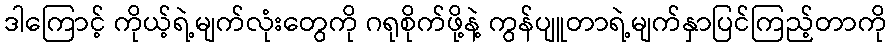
ဒါကြောင့် ကိုယ့်ရဲ့မျက်လုံးတွေကို ဂရုစိုက်ဖို့နဲ့ ကွန်ပျူတာရဲ့မျက်နှာပြင်ကြည့်တာကို